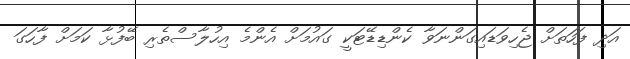
އަދި ފަހަތަށް ޖެހިވަޑައިގަންނަވާ ކެންޑިޑޭޓަކީ ގައުމަށް އެންމެ އިހުލާސްތެރި ބޭފުޅާ ކަމަށް ފާހަގަ